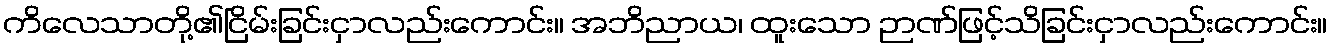
ကိလေသာတို့၏ငြိမ်းခြင်းငှာလည်းကောင်း။ အဘိညာယ၊ ထူးသော ဉာဏ်ဖြင့်သိခြင်းငှာလည်းကောင်း။